Sanitation, dispensaries and jails vaccination Rajputana 1922-1927 - 1922-1927
Year: 1922
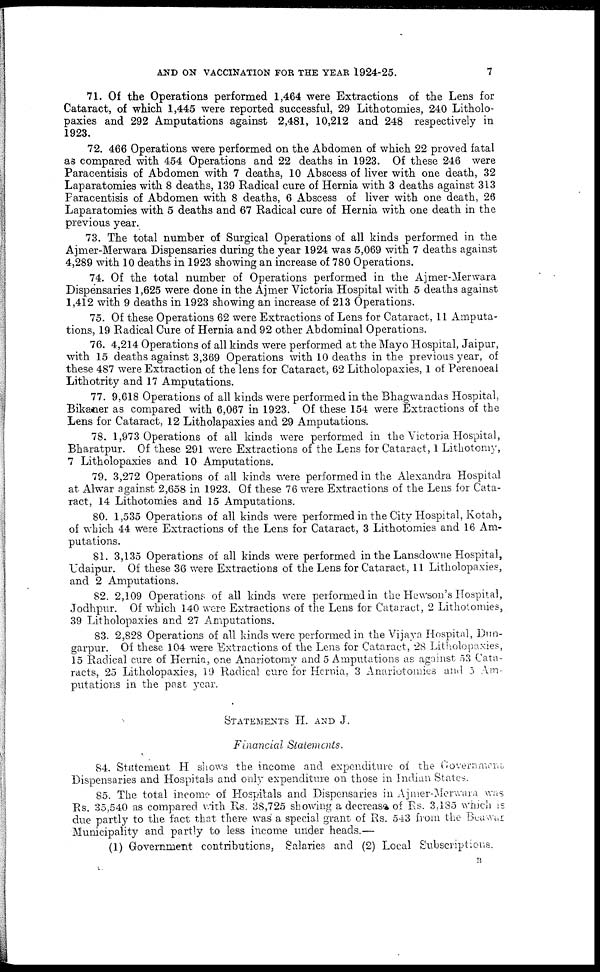
AND ON VACCINATION FOR THE YEAR 1924-25.
7
71. Of the Operations performed 1,464 were Extractions of the Lens for
Cataract, of which 1,445 were reported successful, 29 Lithotomies, 240 Litholo¬
paxies and 292 Amputations against 2,481, 10,212 and 248 respectively in
1923.
72. 466 Operations were performed on the Abdomen of which 22 proved fatal
as compared with 454 Operations and 22 deaths in 1923. Of these 246 were
Paracentisis of Abdomen with 7 deaths, 10 Abscess of liver with one death, 32
Laparatomies with 8 deaths, 139 Radical cure of Hernia with 3 deaths against 313
Paracentisis of Abdomen with 8 deaths, 6 Abscess of liver with one death, 26
Laparatomies with 5 deaths and 67 Radical cure of Hernia with one death in the
previous year.
73. The total number of Surgical Operations of all kinds performed in the
Ajmer-Merwara Dispensaries during the year 1924 was 5,069 with 7 deaths against
4,289 with 10 deaths in 1923 showing an increase of 780 Operations.
74. Of the total number of Operations performed in the Ajmer-Merwara
Dispensaries 1,625 were done in the Ajmer Victoria Hospital with 5 deaths against
1,412 with 9 deaths in 1923 showing an increase of 213 Operations.
75. Of these Operations 62 were Extractions of Lens for Cataract, 11 Amputa-
tions, 19 Radical Cure of Hernia and 92 other Abdominal Operations.
76. 4,214 Operations of all kinds were performed at the Mayo Hospital, Jaipur,
with 15 deaths against 3,369 Operations with 10 deaths in the previous year, of
these 487 were Extraction of the lens for Cataract, 62 Litholopaxies, 1 of Perenoeal
Lithotrity and 17 Amputations.
77. 9,618 Operations of all kinds were performed in the Bhagwandas Hospital,
Bikaner as compared with 6,067 in 1923. Of these 154 were Extractions of the
Lens for Cataract, 12 Litholapaxies and 29 Amputations.
78. 1,973 Operations of all kinds were performed in the Victoria Hospital,
Bharatpur. Of these 291 were Extractions of the Lens for Cataract, 1 Lithotomy,
7 Litholopaxies and 10 Amputations.
79. 3,272 Operations of all kinds were performed in the Alexandra Hospital
at Alwar against 2,658 in 1923. Of these 76 were Extractions of the Lens for Cata-
ract, 14 Lithotomies and 15 Amputations.
80. 1,535 Operations of all kinds were performed in the City Hospital, Kotah,
of which 44 were Extractions of the Lens for Cataract, 3 Lithotomies and 16 Am-
putations.
81. 3,135 Operations of all kinds were performed in the Lansdowne Hospital,
Udaipur. Of these 36 were Extractions of the Lens for Cataract, 11 Litholopaxies,
and 2 Amputations.
82. 2,109 Operations of all kinds were performed in the Hewson's Hospital,
Jodhpur. Of which 140 were Extractions of the Lens for Cataract, 2 Lithotomies,
39 Litholopaxies and 27 Amputations.
83. 2,828 Operations of all kinds were performed in the Vijaya Hospital, Dun¬
garpur. Of these 104 were Extractions of the Lens for Cataract, 28 Litholopaxies,
15 Radical cure of Hernia, one Anariotomy and 5 Amputations as against 53 Cata-
racts, 25 Litholopaxies, 19 Radical cure for Hernia. 3 Anariotomies and 5 Am-
putations in the past year.
STATEMENTS H. AND J.
Financial Statements.
84. Statement H shows the income and expenditure of the Government
Dispensaries and Hospitals and only expenditure on those in Indian States.
85. The total income of Hospitals and Dispensaries in Ajmer-Merwara was
Rs. 35,540 as compared with Rs. 38,725 showing a decrease of Rs. 3,135 which is
due partly to the fact that there was a special grant of Rs. 543 from the Beawar
Municipality and partly to less income under heads.—
(1) Government contributions, Salaries and (2) Local Subscriptions.
B